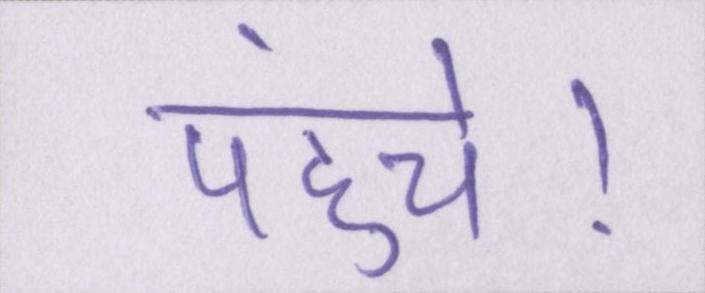
पहुंचे।